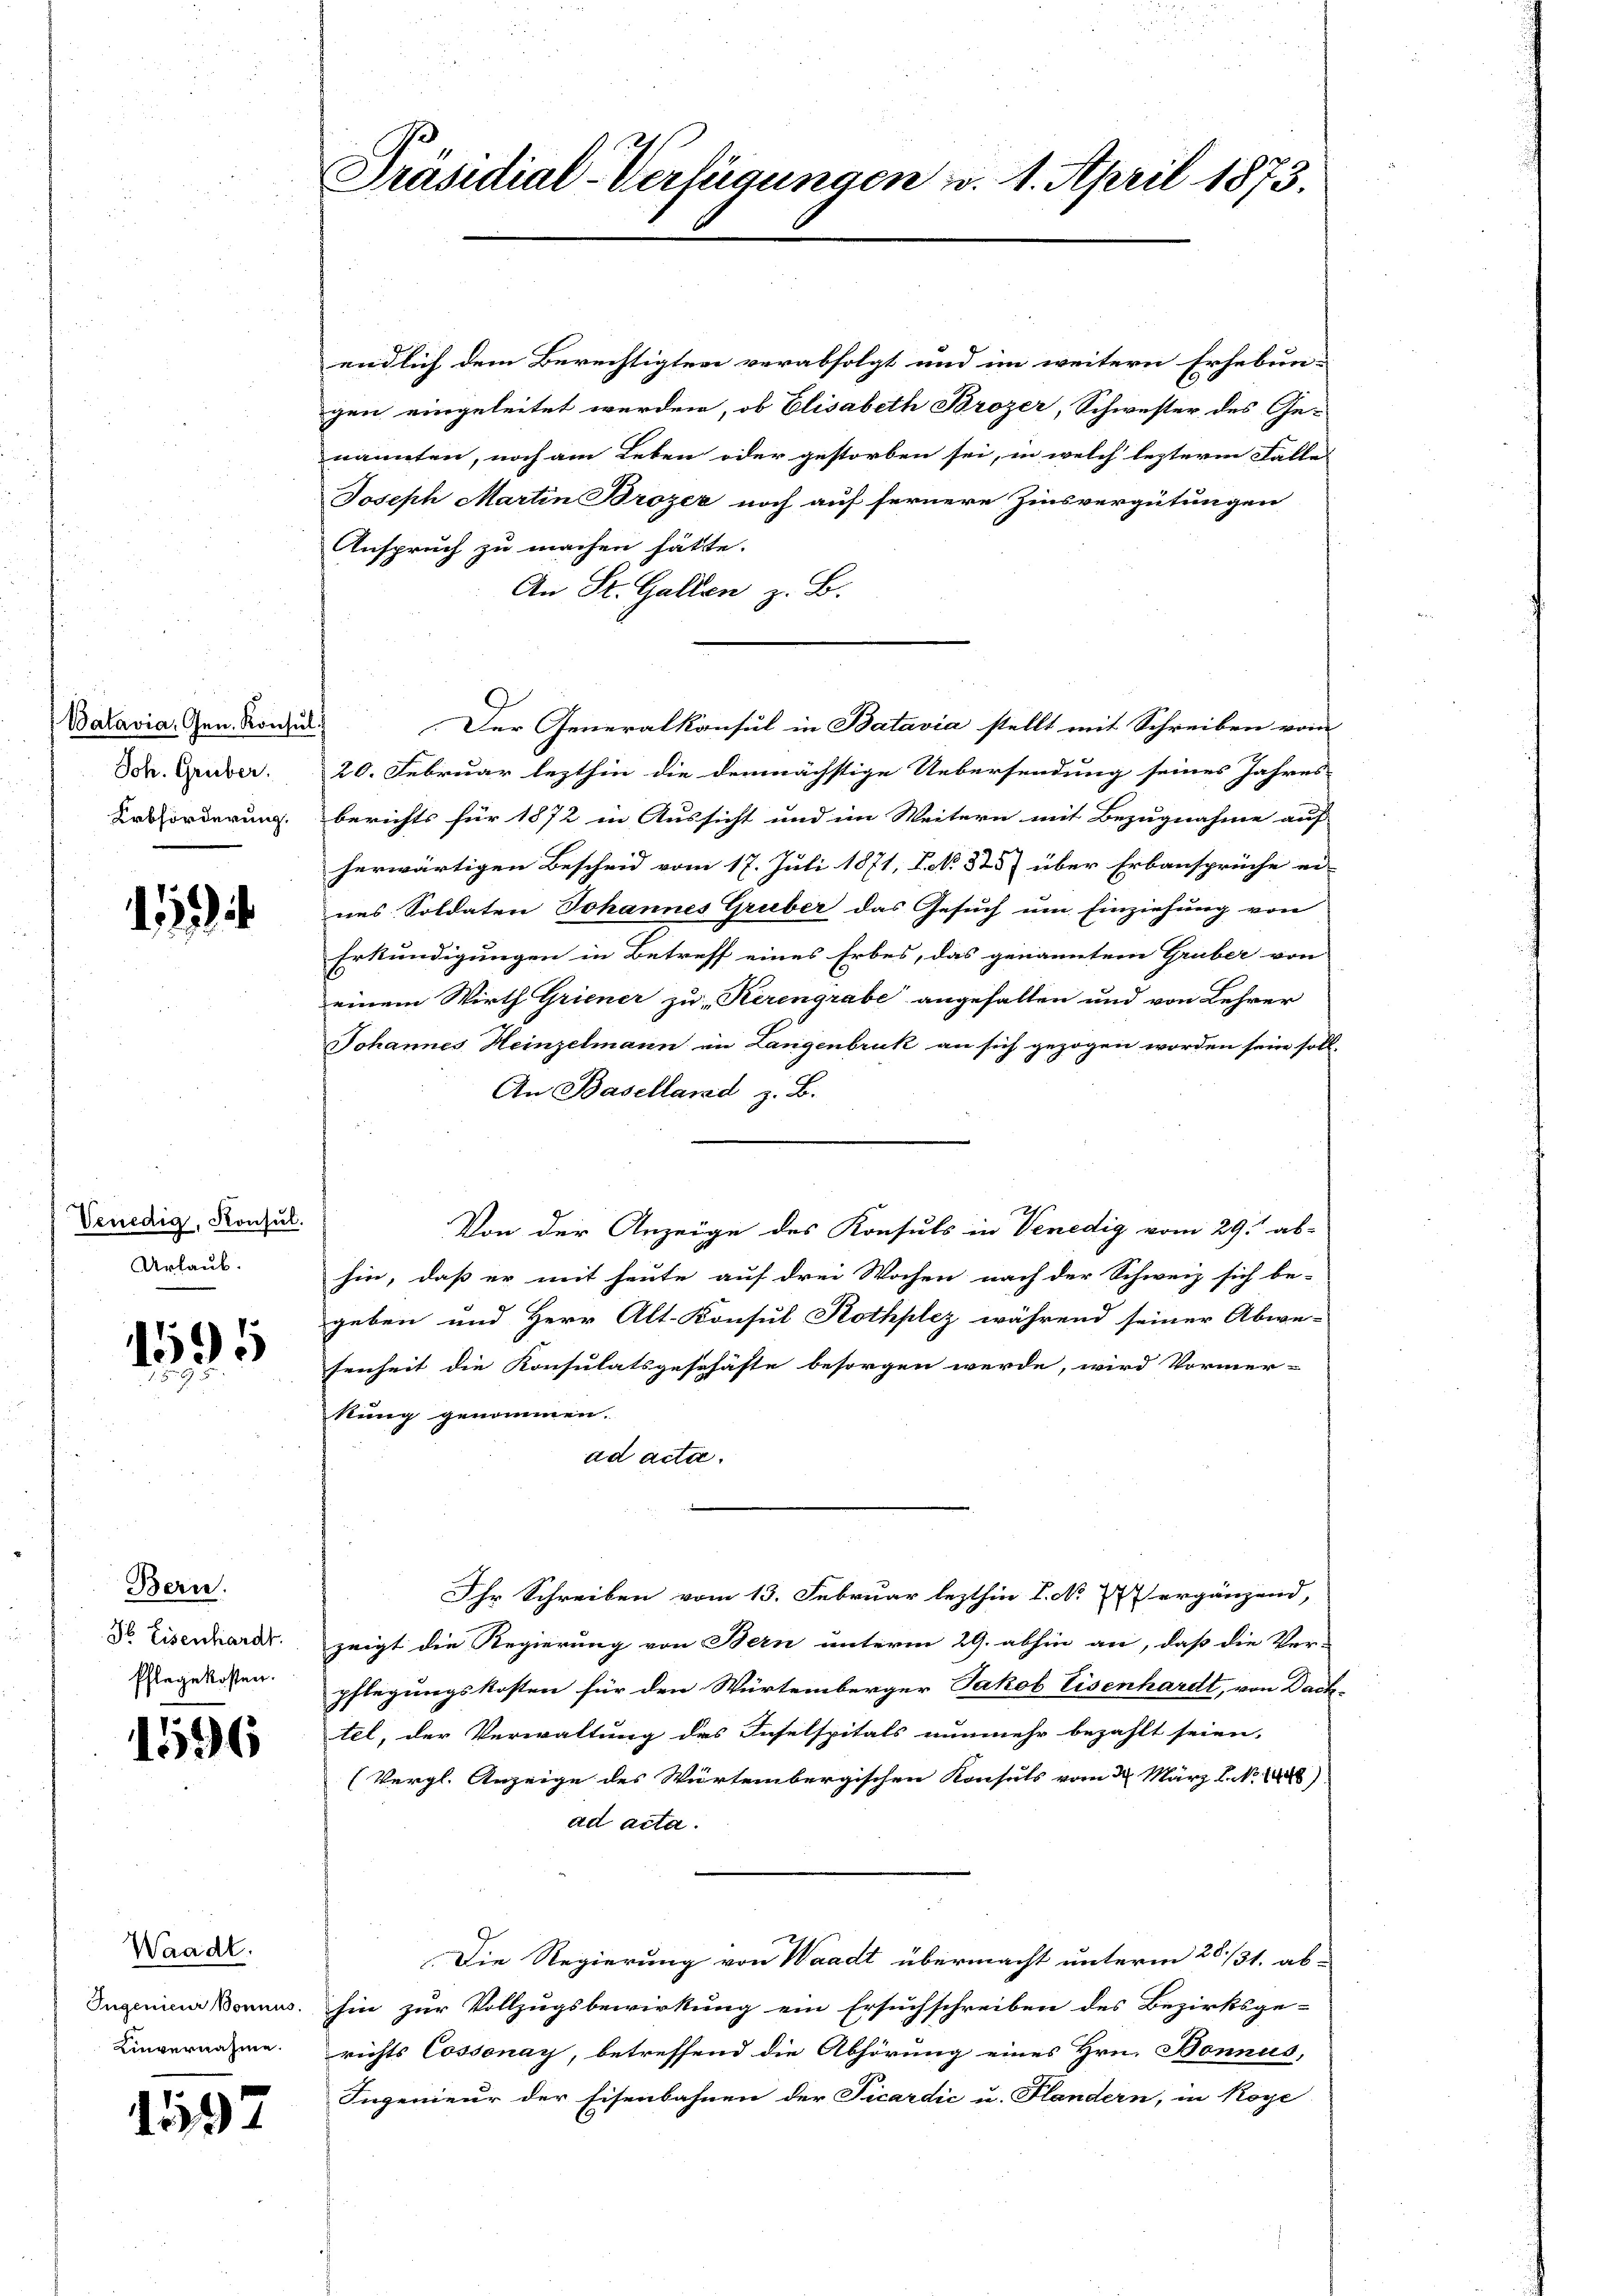
Batavia, Gen. Konsul
Joh. Gruber.
Erbforderung.

1152

Venedig, Konsul.
Urlaub.

15

Bern.
d Eisenhardt.
Pflege kosten.

1596

Waadt.
Linvernahme.

1597

endlich dem Berechtigten verabfolgt und im weitere Erhebun-
gen eingeleitet werden, ob Elisabeth Brozer, Schwester des Ge-
nannten, noch am Leben oder gestorben sei, in welch lezterm Falle
Joseph Martin Brozer noch auf fernere Zinsvergütungen
Anspruch zu machen hätte.
An St. Gallen z. B.
Der Generalkonsul in Batavia stellt mit Schreiben vom
20. Februar lezthin die demnächstige Uebersendung seines Jahres-
berichts für 1872 in Aussicht und im Weitern mit Bezugnahme auf |
herwärtigen Bescheid vom 17. Juli 1871, Bd. 225) über Erbansprüche ei-
nes Soldaten Johannes Gruber das Gesuch um Einziehung von
Erkundigungen in Betreff eines Erbes, das genannten Gruber von
einem Wirth Griener zu „Kerengrabe angefallen und von Lehrer
Johannes Heinzelmann in Langenbruk an sich gezogen worden sein soll.
An Baselland z. B.
Von der Anzeige des Konsuls in Venedig vom 29. ab-
hin, daß er mit heute auf drei Wochen nach der Schweiz sich be-
geben und Herr Alt- Konsul Rothplez während seiner Abwe-
senheit die Konsulatsgeschäfte besorgen werde, wird Vormer-
kung genommen.
ad acta.
Ihr Schreiben vom 13. Februar lezthin I. N. 2 ergänzend,
zeigt die Regierung von Bern unterm 29. abhin an, daß die Ver-
pflegungskosten für den Würtemberger Jakob Eisenhardt, von Dach-
tel, der Verwaltung des Inselspitals nunmehr bezahlt seien,
(Vergl. Anzeige des Würtembergischen Konsuls vom 22. März l. No. 1888)
ad acta.
Die Regierung von Waadt übermacht unterm 20./31. ab-
Ingenica Donnes. hin zur Vollzugsbewirkung ein Ersuchschreiben des Bezirksge-
richts Cossonay, betreffend die Abhörung eines Hrn. Bonnus,
Ingenieur der Eisenbahnen der Ficardić u. Flandern, in Koye

Präsidial-Verfügungen d. 1. April 1873.